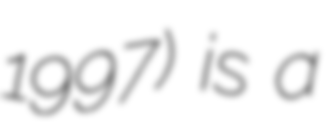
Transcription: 1997) is a